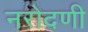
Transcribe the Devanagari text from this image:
नरोदणी